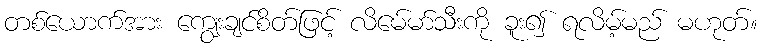
တစ်ယောက်အား ကျွေးချင်စိတ်ဖြင့် လိမေ်မာ်သီးကို ခူး၍ ရလိမ့်မည် မဟုတ်။